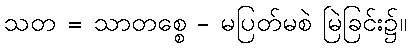
သတ = သာတစ္စေ - မပြတ်မစဲ မြဲခြင်း၌။